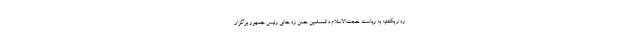
روز یکشنبه به ریاست حجت‌الاسلام والمسلمین حسن روحانی رئیس جمهور برگزار